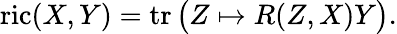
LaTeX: \operatorname{ric}(X,Y)=\operatorname{tr}{\big(}Z\mapsto R(Z,X)Y{\big)}.